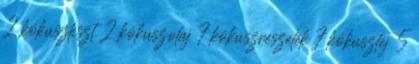
2 kókuszliszt 2 kókuszolaj 7 kókuszreszelék 7 kókusztej 5